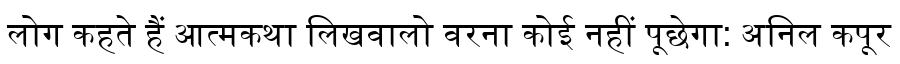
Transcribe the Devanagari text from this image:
लोग कहते हैं आत्मकथा लिखवालो वरना कोई नहीं पूछेगा: अनिल कपूर